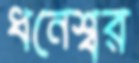
ধনেশ্বর